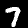
Label: 7